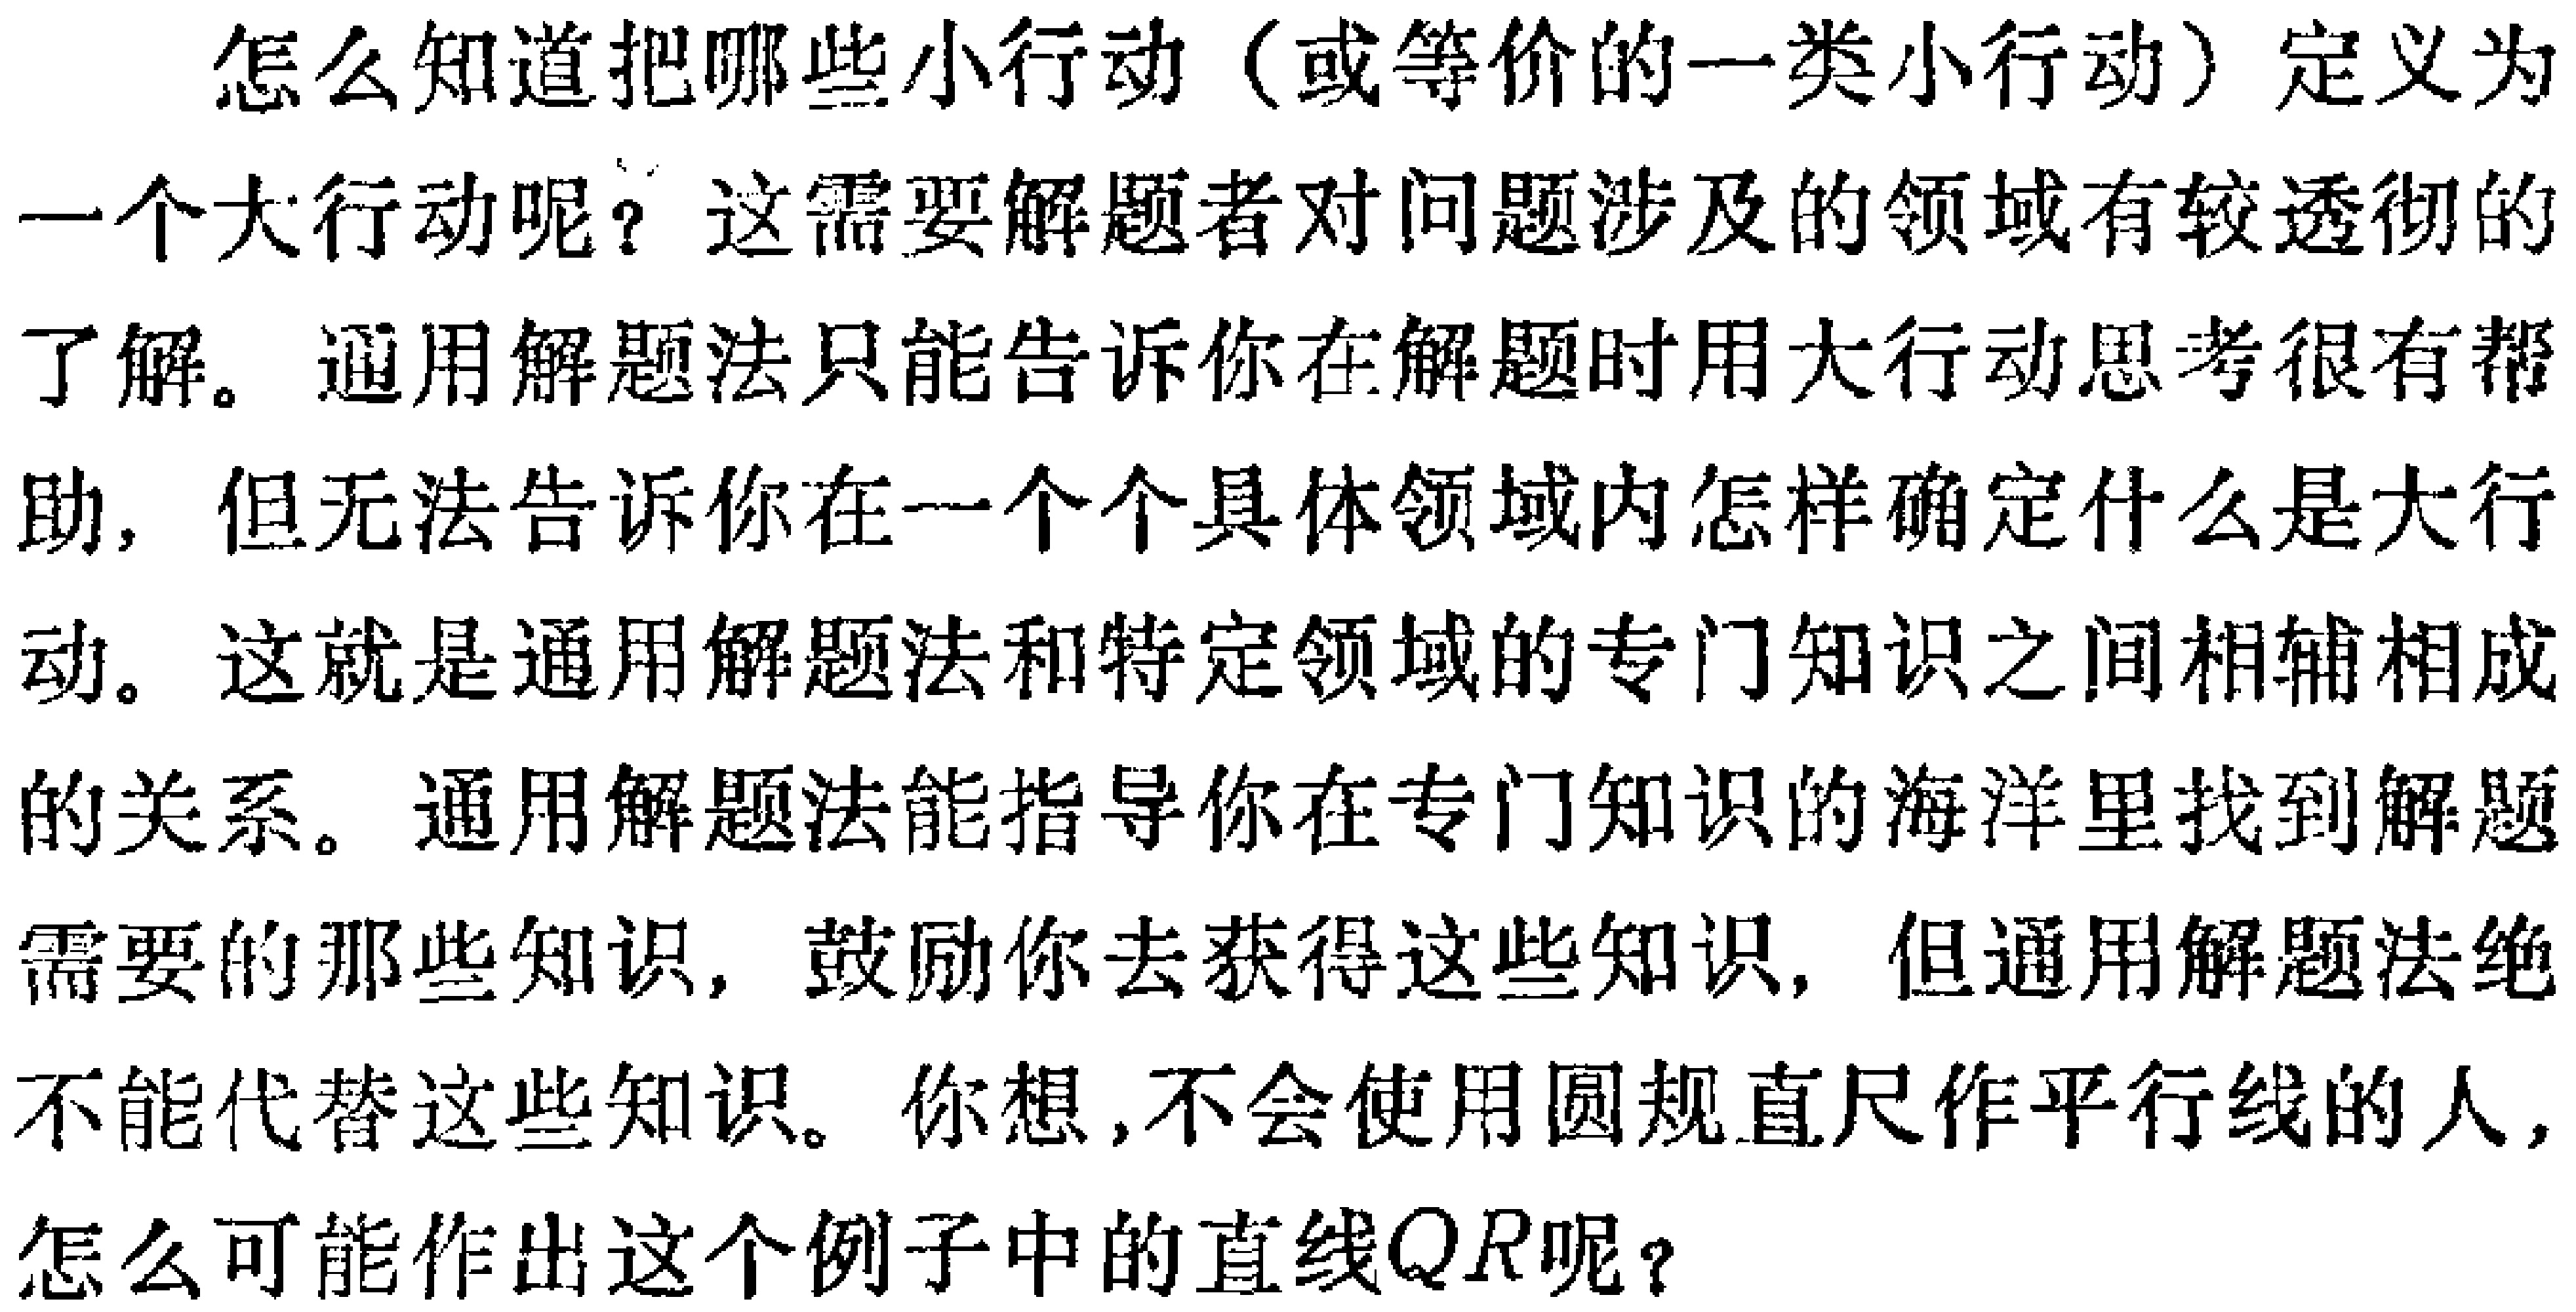
怎么知道把哪些小行动（或等价的一类小行动）定义为一个大行动呢？这需要解题者对问题涉及的领域有较透彻的了解。通用解题法只能告诉你在解题时用大行动思考很有帮助，但无法告诉你在一个个具体领域内怎样确定什么是大行动。这就是通用解题法和特定领域的专门知识之间相辅相成的关系。通用解题法能指导你在专门知识的海洋里找到解题需要的那些知识，鼓励你去获得这些知识，但通用解题法绝不能代替这些知识。你想，不会使用圆规直尺作平行线的人，怎么可能作出这个例子中的直线\(QR\)呢？